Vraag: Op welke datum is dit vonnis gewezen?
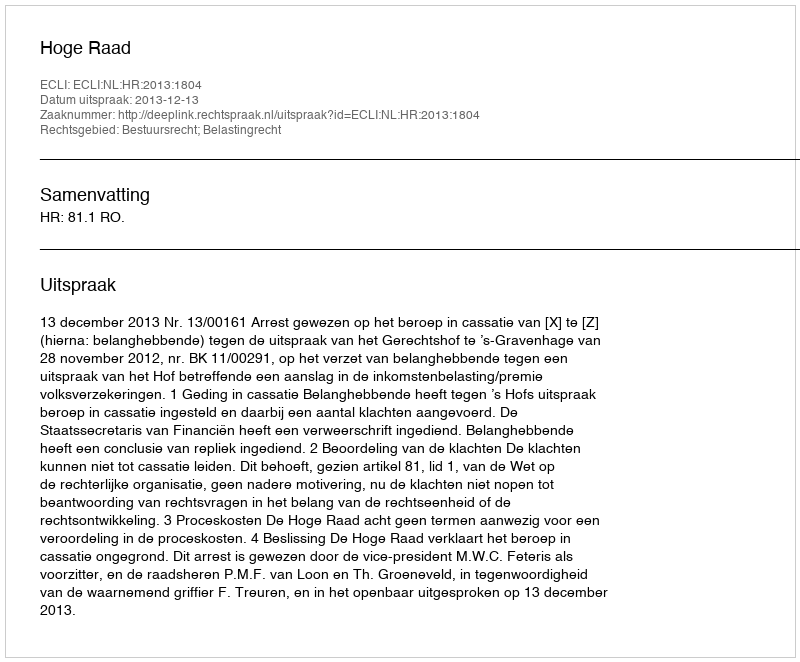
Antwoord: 2013-12-13